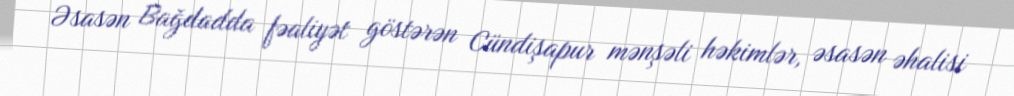
Əsasən Bağdadda fəaliyət göstərən Cündişapur mənşəli həkimlər, əsasən əhalisi